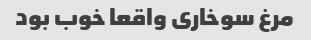
مرغ سوخاری واقعا خوب بود